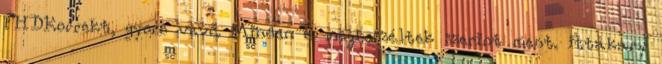
FHDKorrekt, gyors vevő. Minden a megbeszéltek szerint ment. ittakary